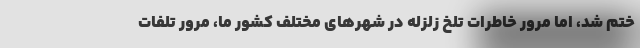
ختم شد، اما مرور خاطرات تلخ زلزله در شهرهای مختلف کشور ما، مرور تلفات